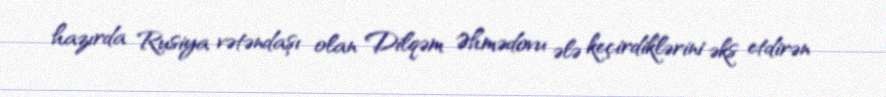
hazırda Rusiya vətəndaşı olan Dilqəm Əhmədovu ələ keçirdiklərini əks etdirən